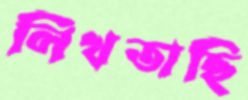
লিখতাছি